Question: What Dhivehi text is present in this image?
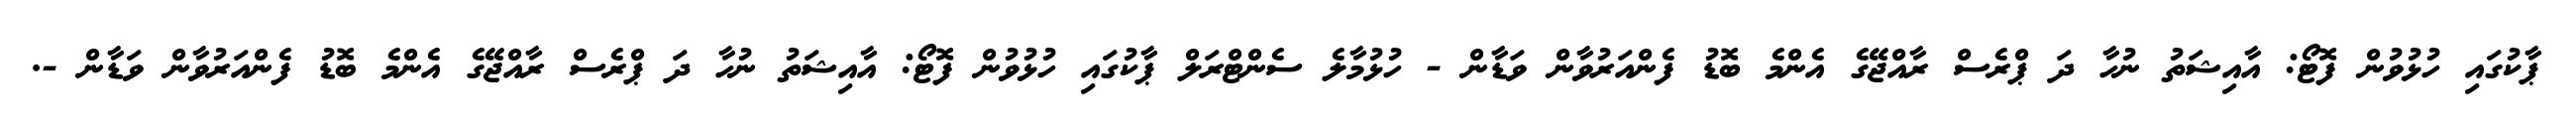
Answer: ޕާކުގައި ހުޅުވުން ފޮޓޯ: އާއިޝަތު ނުހާ ދަ ޕްރެސް ރާއްޖޭގެ އެންމެ ބޮޑު ފެންއަރުވާން ވަޑާން - ހުޅުމާލެ ސެންޓްރަލް ޕާކުގައި ހުޅުވުން ފޮޓޯ: އާއިޝަތު ނުހާ ދަ ޕްރެސް ރާއްޖޭގެ އެންމެ ބޮޑު ފެންއަރުވާން ވަޑާން -.